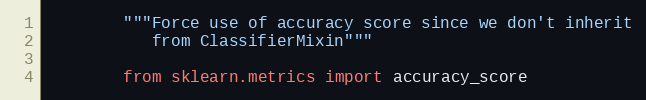
Language: Python
        """Force use of accuracy score since we don't inherit
           from ClassifierMixin"""

        from sklearn.metrics import accuracy_score